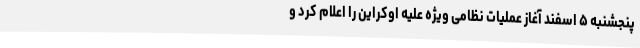
پنجشنبه ۵ اسفند آغاز عملیات نظامی ویژه علیه اوکراین را اعلام کرد و